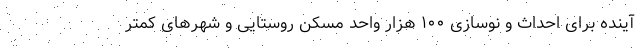
آینده برای احداث و نوسازی ۱۰۰ هزار واحد مسکن روستایی و شهر‌های کمتر